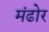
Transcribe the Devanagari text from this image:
मंढोर